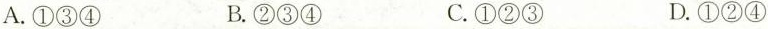
A.①③④ B.②③④ C.①②③ D.①②④